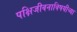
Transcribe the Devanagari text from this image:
पक्षिजीवनाविषयीच्या